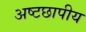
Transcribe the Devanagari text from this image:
अष्टछापीय